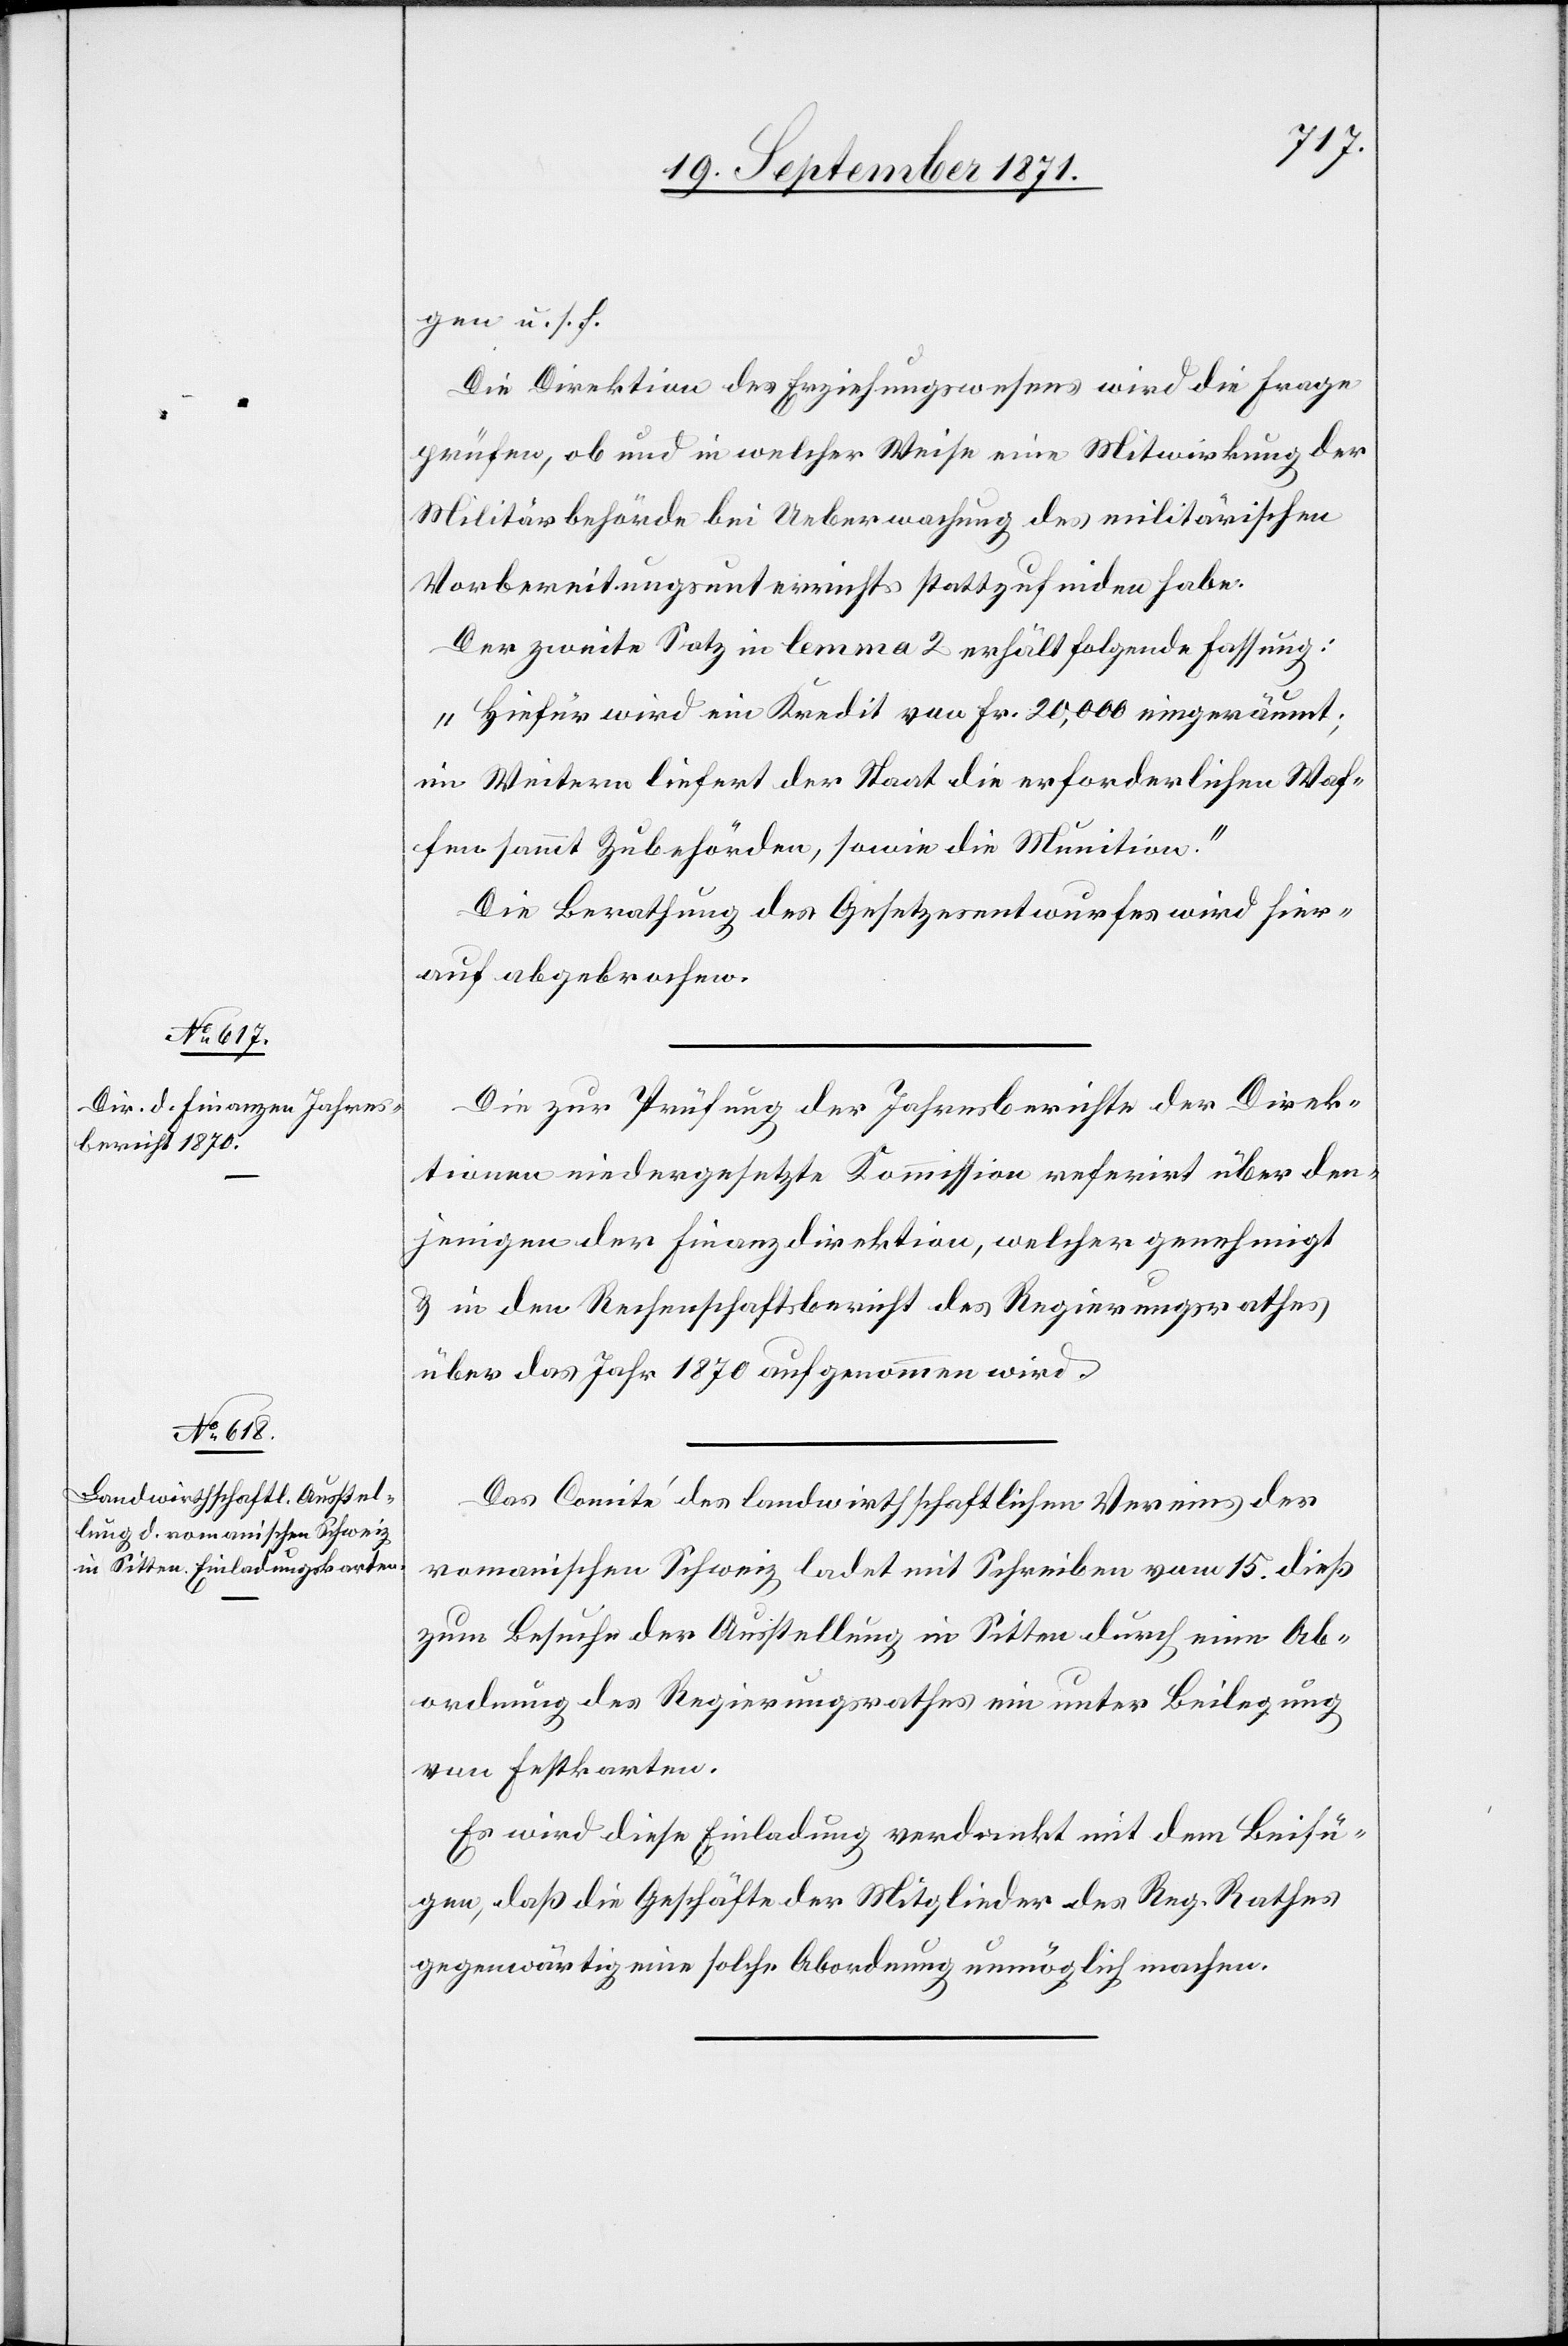
gen u. s. f.
Die Direktion des Erziehungswesens wird die Frage
prüfen, ob und in welcher Weise eine Mitwirkung der
Militärbehörde bei Ueberwachung des militärischen
Vorbereitungsunterrichts stattzufinden habe.
Der zweite Satz in lemma 2 erhält folgende Fassung:
„Hiefür wird ein Kredit von Fr. 20,000 eingeräumt;
im Weitern liefert der Staat die erforderlichen Waf¬
fen sammt Zubehörden, sowie die Munition.“
Die Berathung des Gesetzesentwurfes wird hier¬
nach abgebrochen.
Die zur Prüfung der Jahresberichte der Direk¬
tionen niedergesetzte Kommission referirt über den¬
jenigen der Finanzdirektion, welcher genehmigt
& in den Rechenschaftsbericht des Regierungsrathes
über das Jahr 1870 aufgenommen wird.
Das Comité des landwirthschaftlichen Vereins der
romanischen Schweiz ladet mit Schreiben vom 15. dieß
zum Besuche der Ausstellung in Sitten durch eine Ab¬
ordnung des Regierungsrathes ein unter Beilegung
von Festkarten.
Es wird diese Einladung verdankt mit dem Beifü¬
gen, daß die Geschäfte der Mitglieder des Reg. Rathes
gegenwärtig eine solche Abordnung unmöglich machen.